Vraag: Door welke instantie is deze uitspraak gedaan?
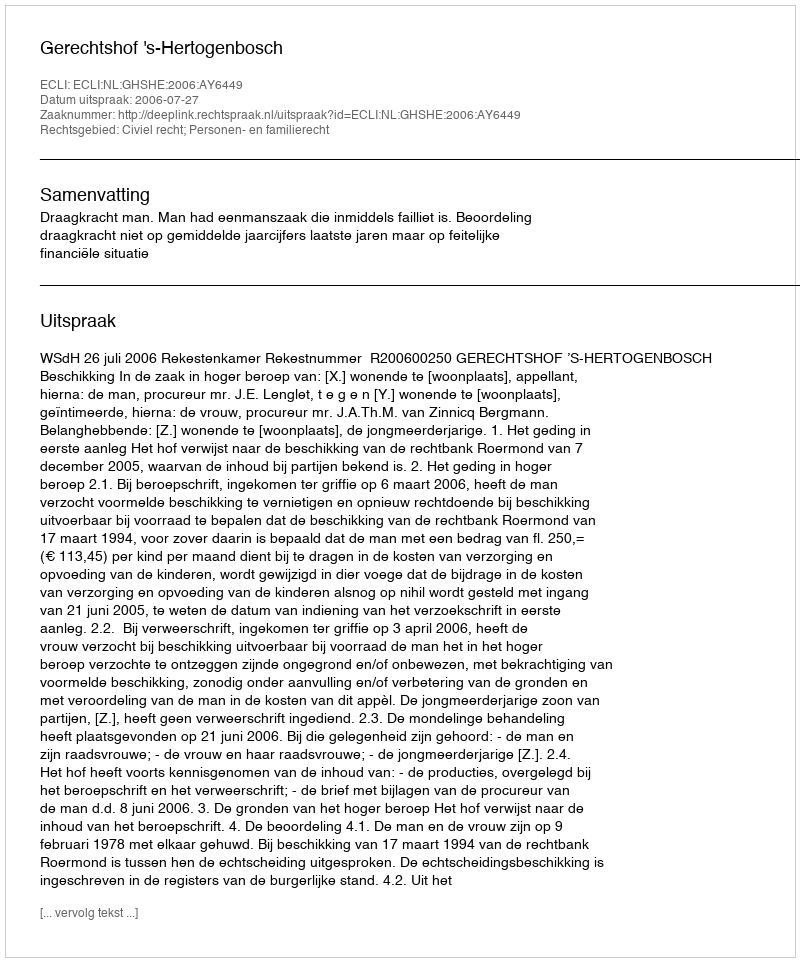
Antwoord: Gerechtshof 's-Hertogenbosch